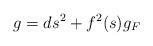
LaTeX: \begin{align*} g=ds^2+f^2(s)g_{F}\end{align*}